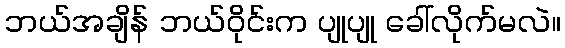
ဘယ်အချိန် ဘယ်ဝိုင်းက ပျုပျု ခေါ်လိုက်မလဲ။